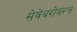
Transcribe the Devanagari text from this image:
सेवेबरोबरच